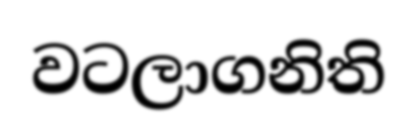
වටලාගනිති